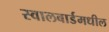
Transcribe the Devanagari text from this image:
स्वालबार्डमधील